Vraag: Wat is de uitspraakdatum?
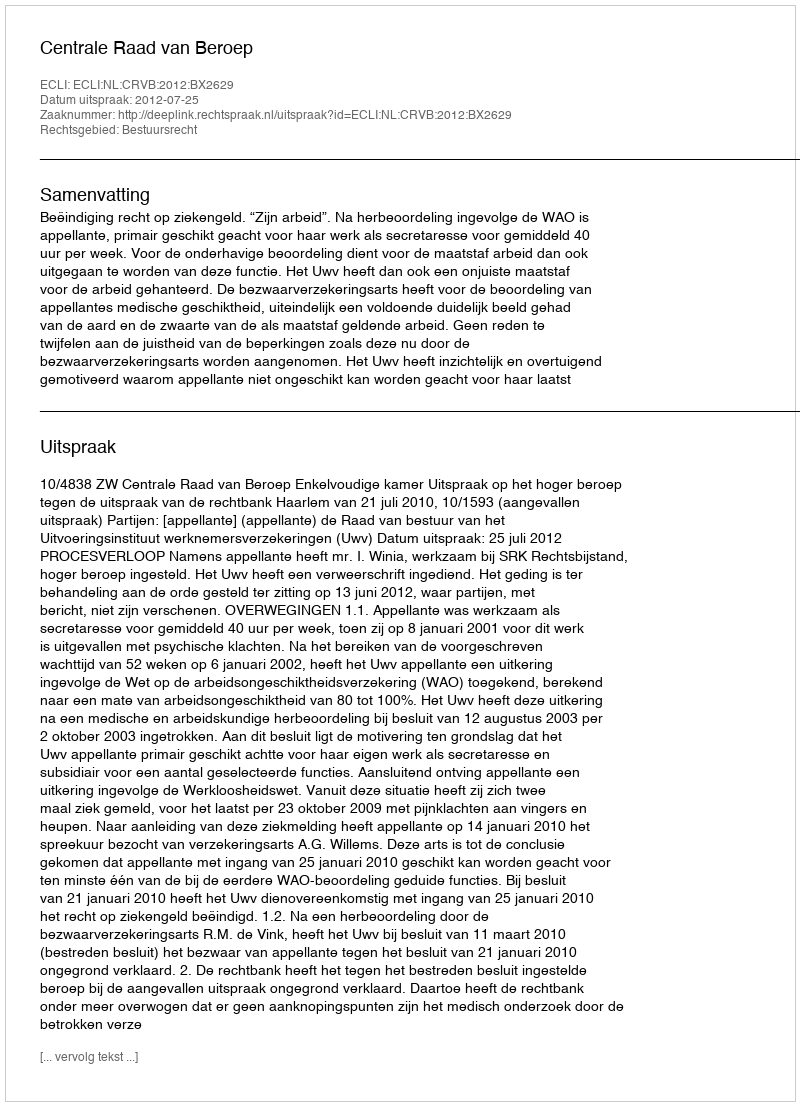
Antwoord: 2012-07-25